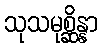
သုသမုစ္ဆိန္နာ